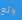
رائع